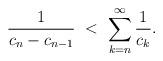
LaTeX: \begin{align*}\frac{1}{c_{n}-c_{n-1}} \ < \ \sum_{k = n}^{\infty} \frac{1}{c_{k}}.\end{align*}